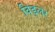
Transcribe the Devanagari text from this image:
विड्लर